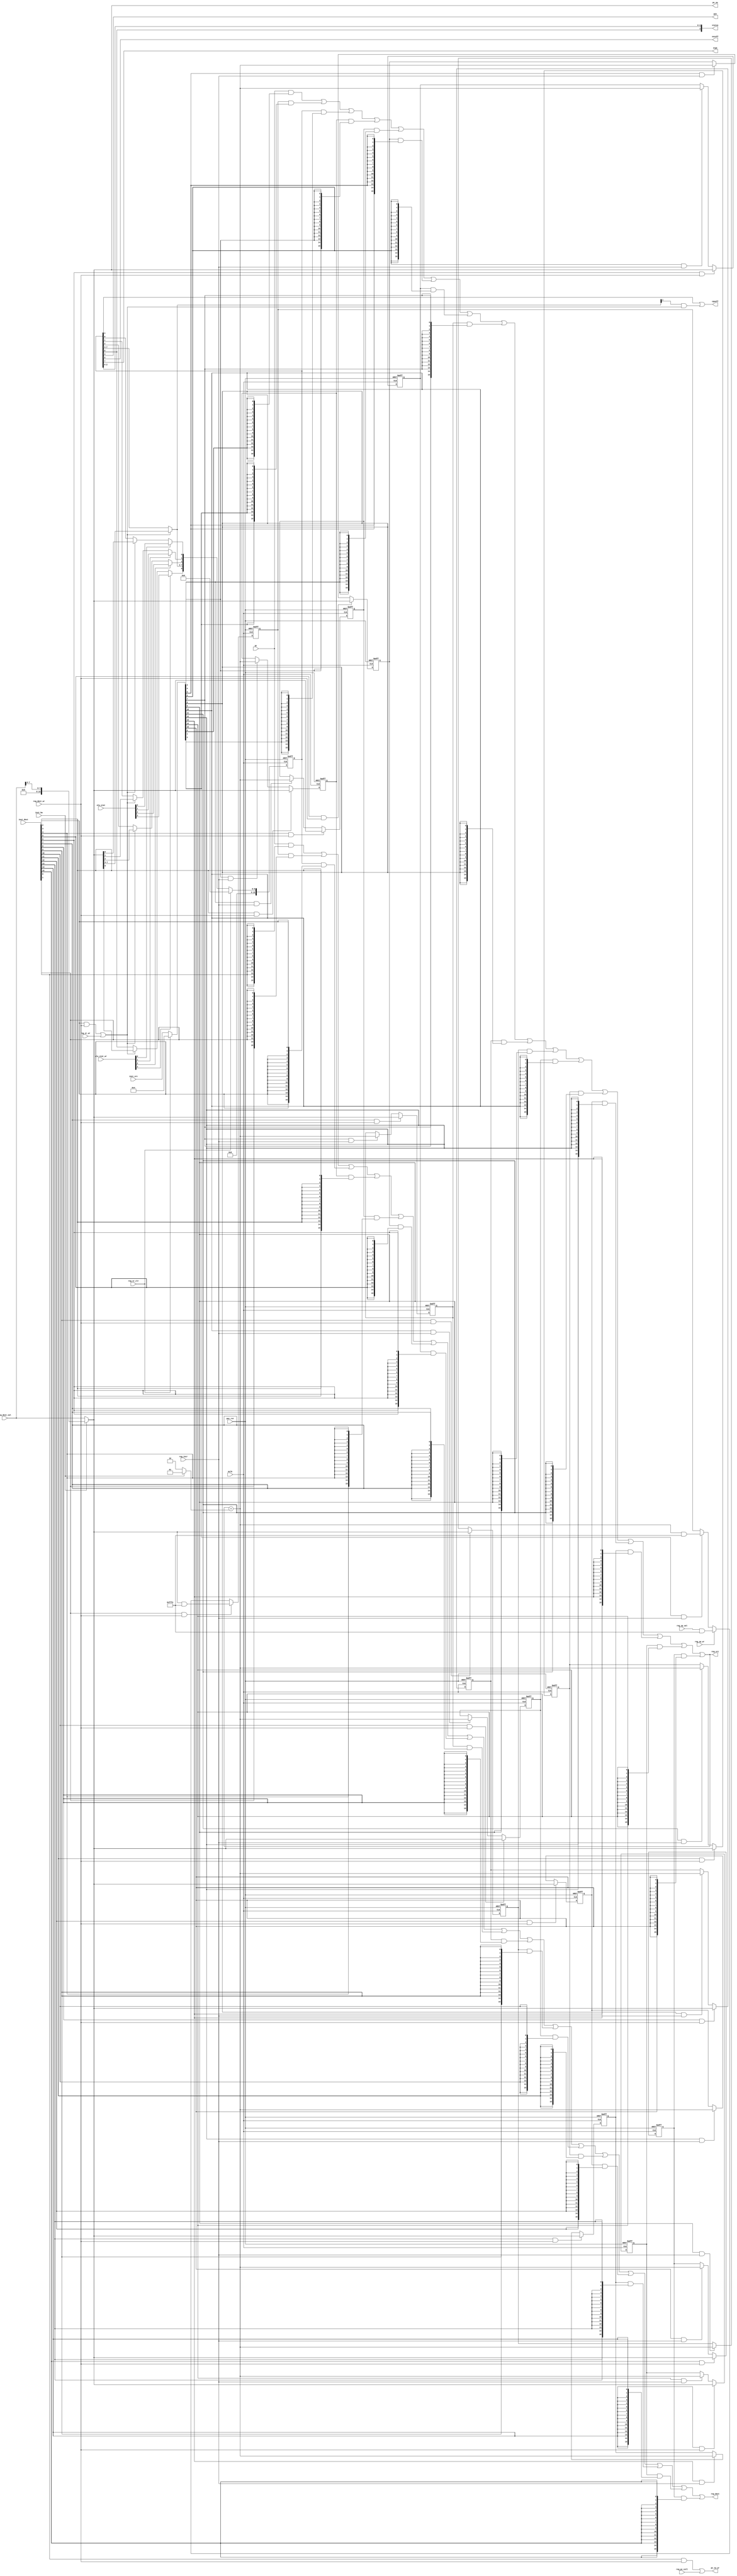
module  omsp_register_file (

// OUTPUTs
    cpuoff,                       // Turns off the CPU
    gie,                          // General interrupt enable
    oscoff,                       // Turns off LFXT1 clock input
    pc_sw,                        // Program counter software value
    pc_sw_wr,                     // Program counter software write
    reg_dest,                     // Selected register destination content
    reg_src,                      // Selected register source content
    scg1,                         // System clock generator 1. Turns off the SMCLK
    status,                       // R2 Status {V,N,Z,C}

// INPUTs
    alu_stat,                     // ALU Status {V,N,Z,C}
    alu_stat_wr,                  // ALU Status write {V,N,Z,C}
    inst_bw,                      // Decoded Inst: byte width
    inst_dest,                    // Register destination selection
    inst_src,                     // Register source selection
    mclk,                         // Main system clock
    pc,                           // Program counter
    puc_rst,                      // Main system reset
    reg_dest_val,                 // Selected register destination value
    reg_dest_wr,                  // Write selected register destination
    reg_pc_call,                  // Trigger PC update for a CALL instruction
    reg_sp_val,                   // Stack Pointer next value
    reg_sp_wr,                    // Stack Pointer write
    reg_sr_wr,                    // Status register update for RETI instruction
    reg_sr_clr,                   // Status register clear for interrupts
    reg_incr                      // Increment source register
);

// OUTPUTs
//=========
output 	            cpuoff;       // Turns off the CPU
output 	            gie;          // General interrupt enable
output 	            oscoff;       // Turns off LFXT1 clock input
output       [15:0] pc_sw;        // Program counter software value
output              pc_sw_wr;     // Program counter software write
output       [15:0] reg_dest;     // Selected register destination content
output       [15:0] reg_src;      // Selected register source content
output              scg1;         // System clock generator 1. Turns off the SMCLK
output        [3:0] status;       // R2 Status {V,N,Z,C}

// INPUTs
//=========
input         [3:0] alu_stat;     // ALU Status {V,N,Z,C}
input         [3:0] alu_stat_wr;  // ALU Status write {V,N,Z,C}
input               inst_bw;      // Decoded Inst: byte width
input        [15:0] inst_dest;    // Register destination selection
input        [15:0] inst_src;     // Register source selection
input               mclk;         // Main system clock
input        [15:0] pc;           // Program counter
input               puc_rst;      // Main system reset
input        [15:0] reg_dest_val; // Selected register destination value
input               reg_dest_wr;  // Write selected register destination
input               reg_pc_call;  // Trigger PC update for a CALL instruction
input        [15:0] reg_sp_val;   // Stack Pointer next value
input               reg_sp_wr;    // Stack Pointer write
input               reg_sr_wr;    // Status register update for RETI instruction
input               reg_sr_clr;   // Status register clear for interrupts
input               reg_incr;     // Increment source register


//=============================================================================
// 1)  AUTOINCREMENT UNIT
//=============================================================================

wire [15:0] incr_op         = inst_bw ? 16'h0001 : 16'h0002;
wire [15:0] reg_incr_val    = reg_src+incr_op;

wire [15:0] reg_dest_val_in = inst_bw ? {8'h00,reg_dest_val[7:0]} : reg_dest_val;


//=============================================================================
// 2)  SPECIAL REGISTERS (R1/R2/R3)
//=============================================================================

// Source input selection mask (for interrupt support)
//-----------------------------------------------------

wire [15:0] inst_src_in = reg_sr_clr ? 16'h0004 : inst_src;


// R0: Program counter
//---------------------

wire [15:0] r0       = pc;

wire [15:0] pc_sw    = reg_dest_val_in;
wire        pc_sw_wr = (inst_dest[0] & reg_dest_wr) | reg_pc_call;


// R1: Stack pointer
//-------------------
reg [15:0] r1;
wire       r1_wr  = inst_dest[1] & reg_dest_wr;
wire       r1_inc = inst_src_in[1]  & reg_incr;

always @(posedge mclk or posedge puc_rst)
  if (puc_rst)        r1 <= 16'h0000;
  else if (r1_wr)     r1 <= reg_dest_val_in & 16'hfffe;
  else if (reg_sp_wr) r1 <= reg_sp_val      & 16'hfffe;
  else if (r1_inc)    r1 <= reg_incr_val    & 16'hfffe;


// R2: Status register
//---------------------
reg  [15:0] r2;
wire        r2_wr  = (inst_dest[2] & reg_dest_wr) | reg_sr_wr;

wire        r2_c   = alu_stat_wr[0] ? alu_stat[0]       :
                     r2_wr          ? reg_dest_val_in[0]   : r2[0]; // C

wire        r2_z   = alu_stat_wr[1] ? alu_stat[1]       :
                     r2_wr          ? reg_dest_val_in[1]   : r2[1]; // Z

wire        r2_n   = alu_stat_wr[2] ? alu_stat[2]       :
                     r2_wr          ? reg_dest_val_in[2]   : r2[2]; // N

wire  [7:3] r2_nxt = r2_wr          ? reg_dest_val_in[7:3] : r2[7:3];

wire        r2_v   = alu_stat_wr[3] ? alu_stat[3]       :
                     r2_wr          ? reg_dest_val_in[8]   : r2[8]; // V


always @(posedge mclk or posedge puc_rst)
  if (puc_rst)         r2 <= 16'h0000;
  else if (reg_sr_clr) r2 <= 16'h0000;
  else                 r2 <= {7'h00, r2_v, r2_nxt, r2_n, r2_z, r2_c};

assign status = {r2[8], r2[2:0]};
assign gie    =  r2[3];
assign cpuoff =  r2[4] | (r2_nxt[4] & r2_wr);
assign oscoff =  r2[5];
assign scg1   =  r2[7];


// R3: Constant generator
//------------------------
reg [15:0] r3;
wire       r3_wr  = inst_dest[3] & reg_dest_wr;
wire       r3_inc = inst_src_in[3]  & reg_incr;

always @(posedge mclk or posedge puc_rst)
  if (puc_rst)     r3 <= 16'h0000;
  else if (r3_wr)  r3 <= reg_dest_val_in;
  else if (r3_inc) r3 <= reg_incr_val;


//=============================================================================
// 4)  GENERAL PURPOSE REGISTERS (R4...R15)
//=============================================================================

// R4
reg [15:0] r4;
wire       r4_wr  = inst_dest[4] & reg_dest_wr;
wire       r4_inc = inst_src_in[4]  & reg_incr;
always @(posedge mclk or posedge puc_rst)
  if (puc_rst)      r4  <= 16'h0000;
  else if (r4_wr)   r4  <= reg_dest_val_in;
  else if (r4_inc)  r4  <= reg_incr_val;

// R5
reg [15:0] r5;
wire       r5_wr  = inst_dest[5] & reg_dest_wr;
wire       r5_inc = inst_src_in[5]  & reg_incr;
always @(posedge mclk or posedge puc_rst)
  if (puc_rst)      r5  <= 16'h0000;
  else if (r5_wr)   r5  <= reg_dest_val_in;
  else if (r5_inc)  r5  <= reg_incr_val;

// R6
reg [15:0] r6;
wire       r6_wr  = inst_dest[6] & reg_dest_wr;
wire       r6_inc = inst_src_in[6]  & reg_incr;
always @(posedge mclk or posedge puc_rst)
  if (puc_rst)      r6  <= 16'h0000;
  else if (r6_wr)   r6  <= reg_dest_val_in;
  else if (r6_inc)  r6  <= reg_incr_val;

// R7
reg [15:0] r7;
wire       r7_wr  = inst_dest[7] & reg_dest_wr;
wire       r7_inc = inst_src_in[7]  & reg_incr;
always @(posedge mclk or posedge puc_rst)
  if (puc_rst)      r7  <= 16'h0000;
  else if (r7_wr)   r7  <= reg_dest_val_in;
  else if (r7_inc)  r7  <= reg_incr_val;

// R8
reg [15:0] r8;
wire       r8_wr  = inst_dest[8] & reg_dest_wr;
wire       r8_inc = inst_src_in[8]  & reg_incr;
always @(posedge mclk or posedge puc_rst)
  if (puc_rst)      r8  <= 16'h0000;
  else if (r8_wr)   r8  <= reg_dest_val_in;
  else if (r8_inc)  r8  <= reg_incr_val;

// R9
reg [15:0] r9;
wire       r9_wr  = inst_dest[9] & reg_dest_wr;
wire       r9_inc = inst_src_in[9]  & reg_incr;
always @(posedge mclk or posedge puc_rst)
  if (puc_rst)      r9  <= 16'h0000;
  else if (r9_wr)   r9  <= reg_dest_val_in;
  else if (r9_inc)  r9  <= reg_incr_val;

// R10
reg [15:0] r10;
wire       r10_wr  = inst_dest[10] & reg_dest_wr;
wire       r10_inc = inst_src_in[10]  & reg_incr;
always @(posedge mclk or posedge puc_rst)
  if (puc_rst)      r10 <= 16'h0000;
  else if (r10_wr)  r10 <= reg_dest_val_in;
  else if (r10_inc) r10 <= reg_incr_val;

// R11
reg [15:0] r11;
wire       r11_wr  = inst_dest[11] & reg_dest_wr;
wire       r11_inc = inst_src_in[11]  & reg_incr;
always @(posedge mclk or posedge puc_rst)
  if (puc_rst)      r11 <= 16'h0000;
  else if (r11_wr)  r11 <= reg_dest_val_in;
  else if (r11_inc) r11 <= reg_incr_val;

// R12
reg [15:0] r12;
wire       r12_wr  = inst_dest[12] & reg_dest_wr;
wire       r12_inc = inst_src_in[12]  & reg_incr;
always @(posedge mclk or posedge puc_rst)
  if (puc_rst)      r12 <= 16'h0000;
  else if (r12_wr)  r12 <= reg_dest_val_in;
  else if (r12_inc) r12 <= reg_incr_val;

// R13
reg [15:0] r13;
wire       r13_wr  = inst_dest[13] & reg_dest_wr;
wire       r13_inc = inst_src_in[13]  & reg_incr;
always @(posedge mclk or posedge puc_rst)
  if (puc_rst)      r13 <= 16'h0000;
  else if (r13_wr)  r13 <= reg_dest_val_in;
  else if (r13_inc) r13 <= reg_incr_val;

// R14
reg [15:0] r14;
wire       r14_wr  = inst_dest[14] & reg_dest_wr;
wire       r14_inc = inst_src_in[14]  & reg_incr;
always @(posedge mclk or posedge puc_rst)
  if (puc_rst)      r14 <= 16'h0000;
  else if (r14_wr)  r14 <= reg_dest_val_in;
  else if (r14_inc) r14 <= reg_incr_val;

// R15
reg [15:0] r15;
wire       r15_wr  = inst_dest[15] & reg_dest_wr;
wire       r15_inc = inst_src_in[15]  & reg_incr;
always @(posedge mclk or posedge puc_rst)
  if (puc_rst)      r15 <= 16'h0000;
  else if (r15_wr)  r15 <= reg_dest_val_in;
  else if (r15_inc) r15 <= reg_incr_val;


//=============================================================================
// 5)  READ MUX
//=============================================================================

assign reg_src  = (r0      & {16{inst_src_in[0]}})   | 
                  (r1      & {16{inst_src_in[1]}})   | 
                  (r2      & {16{inst_src_in[2]}})   | 
                  (r3      & {16{inst_src_in[3]}})   | 
                  (r4      & {16{inst_src_in[4]}})   | 
                  (r5      & {16{inst_src_in[5]}})   | 
                  (r6      & {16{inst_src_in[6]}})   | 
                  (r7      & {16{inst_src_in[7]}})   | 
                  (r8      & {16{inst_src_in[8]}})   | 
                  (r9      & {16{inst_src_in[9]}})   | 
                  (r10     & {16{inst_src_in[10]}})  | 
                  (r11     & {16{inst_src_in[11]}})  | 
                  (r12     & {16{inst_src_in[12]}})  | 
                  (r13     & {16{inst_src_in[13]}})  | 
                  (r14     & {16{inst_src_in[14]}})  | 
                  (r15     & {16{inst_src_in[15]}});

assign reg_dest = (r0      & {16{inst_dest[0]}})  | 
                  (r1      & {16{inst_dest[1]}})  | 
                  (r2      & {16{inst_dest[2]}})  | 
                  (r3      & {16{inst_dest[3]}})  | 
                  (r4      & {16{inst_dest[4]}})  | 
                  (r5      & {16{inst_dest[5]}})  | 
                  (r6      & {16{inst_dest[6]}})  | 
                  (r7      & {16{inst_dest[7]}})  | 
                  (r8      & {16{inst_dest[8]}})  | 
                  (r9      & {16{inst_dest[9]}})  | 
                  (r10     & {16{inst_dest[10]}}) | 
                  (r11     & {16{inst_dest[11]}}) | 
                  (r12     & {16{inst_dest[12]}}) | 
                  (r13     & {16{inst_dest[13]}}) | 
                  (r14     & {16{inst_dest[14]}}) | 
                  (r15     & {16{inst_dest[15]}});


endmodule